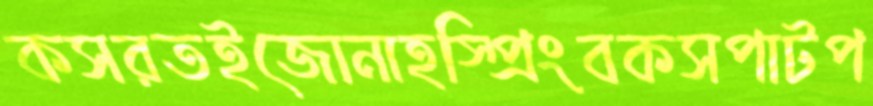
কসরতইজোনাহস্প্রিংবকসপাটপ